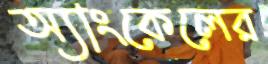
অ্যাংকেলের